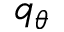
q _ { \theta }